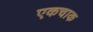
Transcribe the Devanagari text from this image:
एकचाक